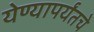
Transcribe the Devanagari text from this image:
येण्यापर्यंतचे